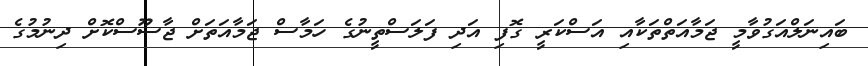
ބައިނަލްއަގުވާމީ ޖަމާއަތްތަކާއި އަސްކަރީ ގޮފި އަދި ފަލަސްތީނުގެ ހަމާސް ޖަމާއަތަށް ޖާސޫސްކޮށް ދިނުމުގެ